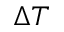
\Delta T